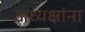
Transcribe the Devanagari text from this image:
अध्यक्षांना